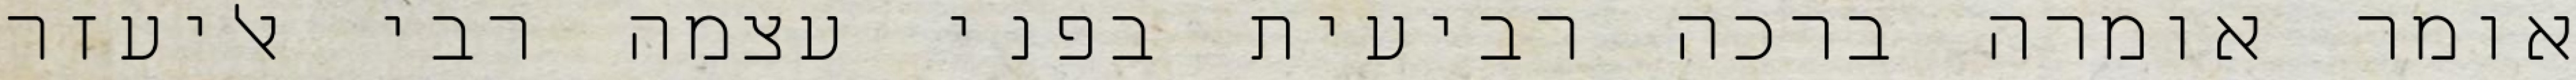
אומר אומרה ברכה רביעית בפני עצמה רבי אליעזר